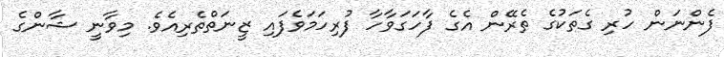
ފެންނަން ހުރި ގެތަކުގެ ތެރޭން އެގެ ފާހަގަވާހާ ފުރިހަމަވެފައި ޒީނަތްތެރިއެވެ. މިވާނީ ޝާންގެ